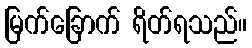
မြက်ခြောက် ရိတ်ရသည်။